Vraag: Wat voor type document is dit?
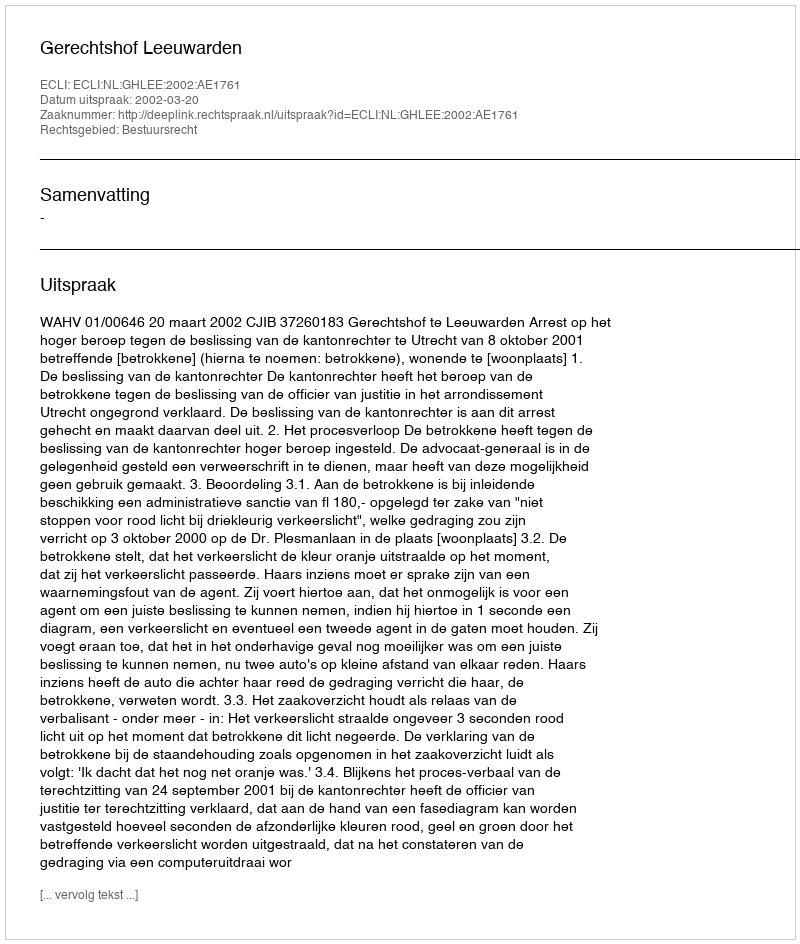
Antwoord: Uitspraak